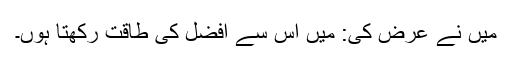
میں نے عرض کی: میں اس سے افضل کی طاقت رکھتا ہوں۔